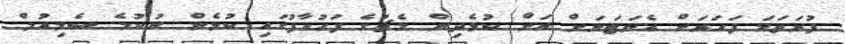
ފުރަތަމަ ފަހަރަށް އެވަޓަނަށް އަށް ކުޅެދިން މެޗުގެ ފަހުހާފުގައި ކުޅެން ނުކުމެ ސެމިއުލް